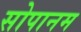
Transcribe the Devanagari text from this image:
सोपानम